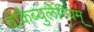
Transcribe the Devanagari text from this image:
वोकैब्युलेरियम्